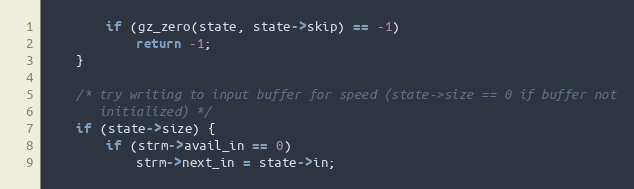
Language: C
        if (gz_zero(state, state->skip) == -1)
            return -1;
    }

    /* try writing to input buffer for speed (state->size == 0 if buffer not
       initialized) */
    if (state->size) {
        if (strm->avail_in == 0)
            strm->next_in = state->in;